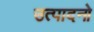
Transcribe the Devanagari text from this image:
उत्पादनो